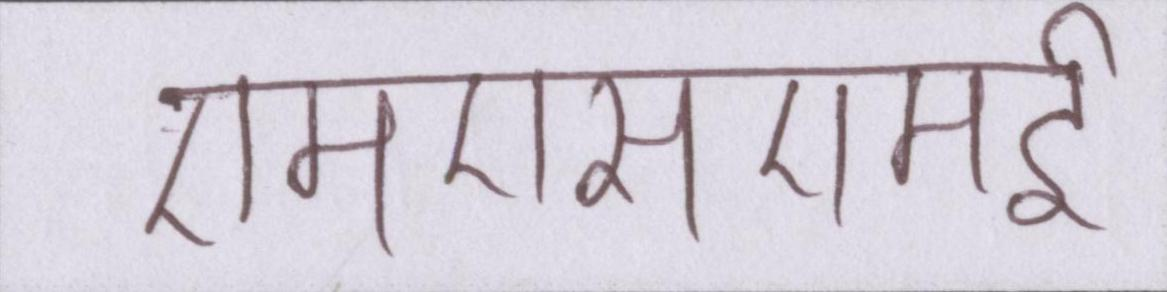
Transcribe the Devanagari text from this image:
एमएसएमई